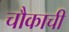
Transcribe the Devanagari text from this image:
चौकाची